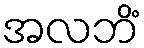
အလဘိံ